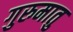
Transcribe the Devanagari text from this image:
गुरुमातु